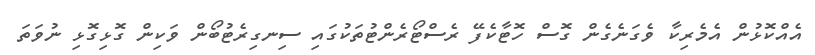
އެއްކޮޅުން އެމެރިކާ ވެގަނެގެން ގޮސް ހޮޓާކެފޭ ރެސްޓޯރެންޓުތަކުގައި ސިނގިރެޓުބޯން ވަކިން ގޮޅިގޮޅި ނުވަތަ